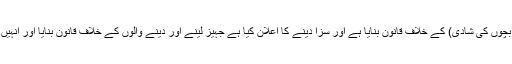
اسی پارلیمنٹ نے بال وِواہ (بچوں کی شادی) کے خلاف قانون بنایا ہے اور سزا دینے کا اعلان کیا ہے جہیز لینے اور دینے والوں کے خلاف قانون بنایا اور انہیں سزا دینے کا فیصلہ کیا ہے۔